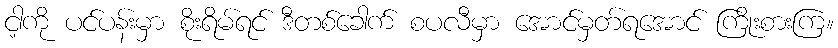
ငါ့ကို ပင်ပန်းမှာ စိုးရိမ်ရင် ဒီတစ်ခေါက် စပလီမှာ အောင်မှတ်ရအောင် ကြိုးစားကြ။